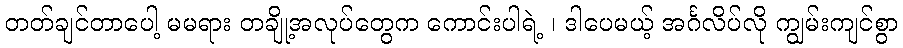
တတ်ချင်တာပေါ့ မမရား တချို့အလုပ်တွေက ကောင်းပါရဲ့ ၊ ဒါပေမယ့် အင်္ဂလိပ်လို ကျွမ်းကျင်စွာ